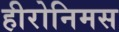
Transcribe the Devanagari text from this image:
हीरोनिमस